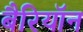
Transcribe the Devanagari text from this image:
बैरियॉन